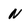
Character: n